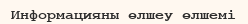
Информацияны өлшеу өлшемі